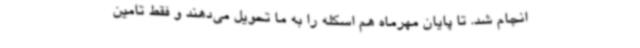
انجام شد. تا پایان مهرماه هم اسکله را به ما تحویل می‌دهند و فقط تامین